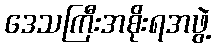
ဒေသကြီးအစိုးရအဖွဲ့